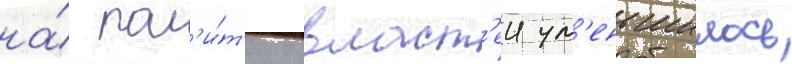
на́ пол'и́т'ику власт'еи ум'еньшилось